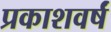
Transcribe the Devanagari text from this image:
प्रकाशवर्षं